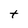
Character: t